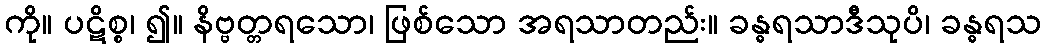
ကို။ ပဋိစ္စ၊ ၍။ နိဗ္ဗတ္တရသော၊ ဖြစ်သော အရသာတည်း။ ခန္ဓရသာဒီသုပိ၊ ခန္ဓရသ